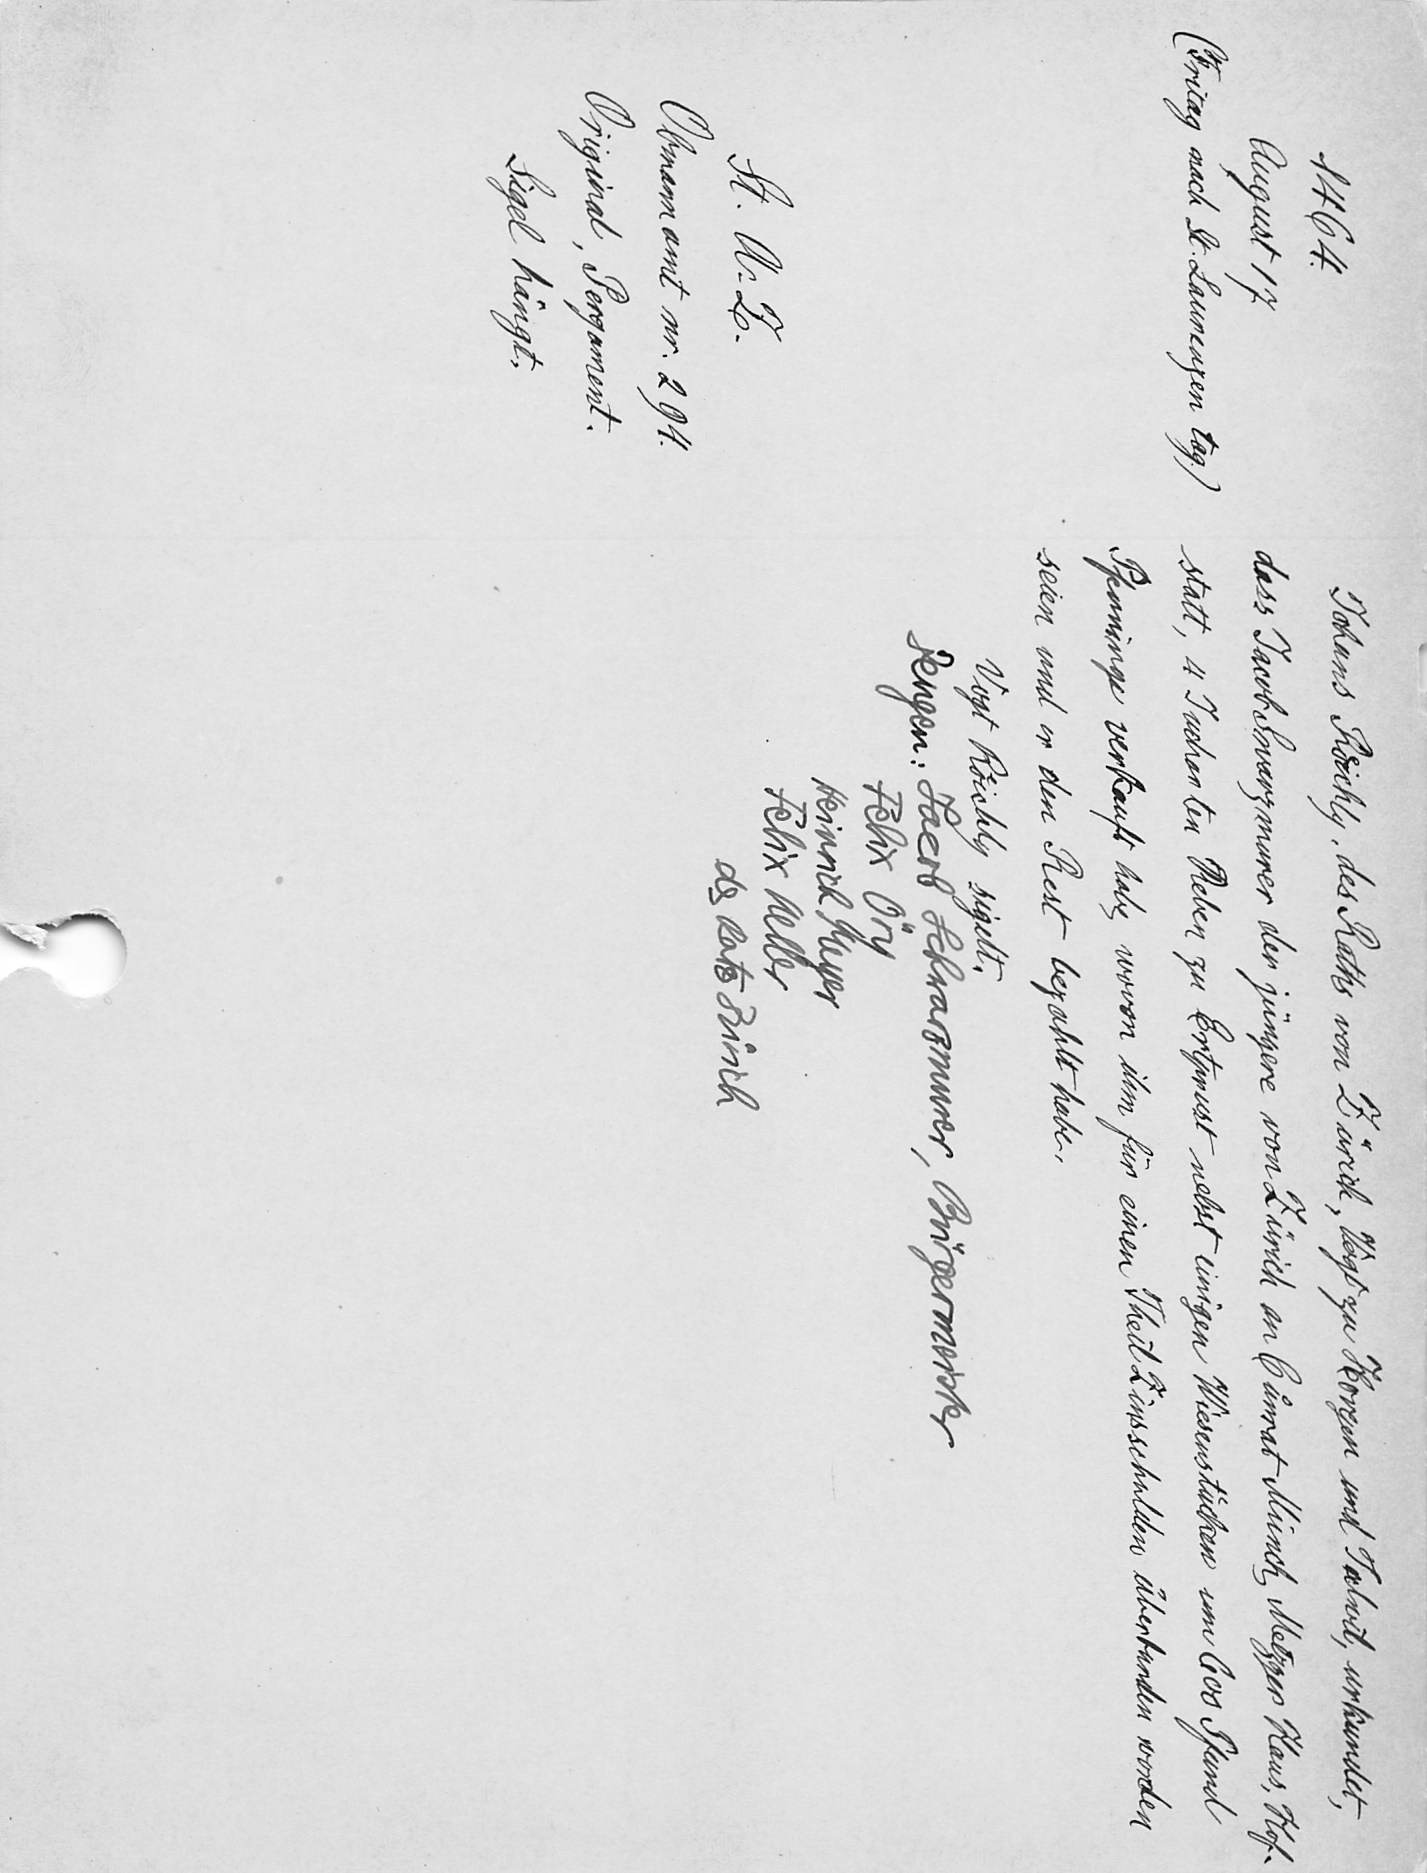
Johans Koͤchly, des Raths von Zürich, Vogt zu Horgen und Talwil, urkundet,
dass Jacob Swarzmurer der jüngere von Zürich an Cuͦnrat Münch, Metzger Haus, Hof¬
statt, 4 Jucharten Reben zu Ertmuest nebst einigen Wiesenstücken um 600 Pfund
Pfenninge verkauft habe, wovon ihm für einene Theil Zinsschulde überbunden worden
seien und er den Rest bezahlt habe.
Vogt Koͤchly sigelt.
Zeugen: Laerb Schwarzmurer, Bürgermeister
Felix Öry
Heinrich Meyer
Felix Hewi
ds Rats Zürich

1464
August 17
(Freitag auch In. Laurenzen tag)
St. A. Z.
Obmannamt nr. 294.
Original Pergament.
Sigel hängt.